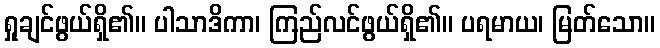
ရှုချင်ဖွယ်ရှိ၏။ ပါသာဒိကာ၊ ကြည်လင်ဖွယ်ရှိ၏။ ပရမာယ၊ မြတ်သော။